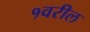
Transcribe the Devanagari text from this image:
१वरील